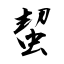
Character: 蛪